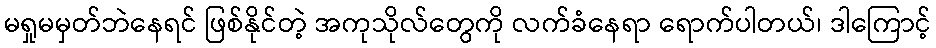
မရှုမမှတ်ဘဲနေရင် ဖြစ်နိုင်တဲ့ အကုသိုလ်တွေကို လက်ခံနေရာ ရောက်ပါတယ်၊ ဒါကြောင့်